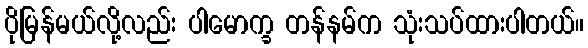
ပိုမြန်မယ်လို့လည်း ပါမောက္ခ တန်နမ်က သုံးသပ်ထားပါတယ်။